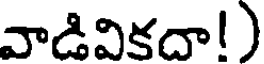
వాడివికదా!)